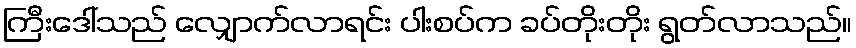
ကြီးဒေါ်သည် လျှောက်လာရင်း ပါးစပ်က ခပ်တိုးတိုး ရွတ်လာသည်။